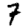
Digit: 7